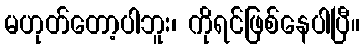
မဟုတ်တော့ပါဘူး၊ ကိုရင်ဖြစ်နေပါပြီ။